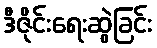
ဒီဇိုင်းရေးဆွဲခြင်း